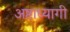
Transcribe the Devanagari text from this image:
अष्टाध्यागी